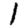
Digit: 1